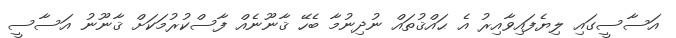
އަސާސީގައި ލިޔެފައިވާއިރު އެ ޙައްޤުތައް ނުދިނުމާ ބެހޭ ޤާނޫނެއް ފާސްކުރުމަކަށް ޤާނޫނު އަސާސީ